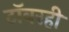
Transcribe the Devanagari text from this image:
टॉवरही